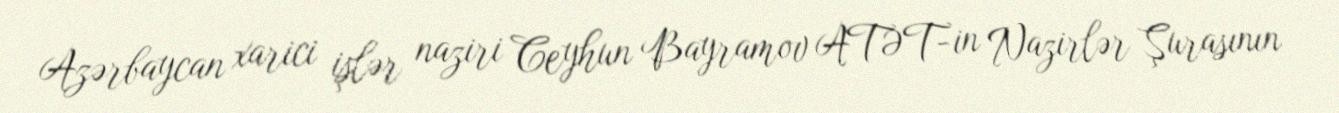
Azərbaycan xarici işlər naziri Ceyhun Bayramov ATƏT-in Nazirlər Şurasının